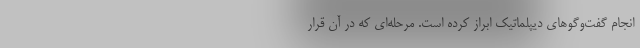
انجام گفت‌وگوهای دیپلماتیک ابراز کرده است. مرحله‌ای که در آن قرار